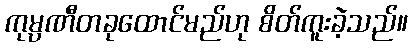
ကုမ္ပဏီတခုထောင်မည်ဟု စိတ်ကူးခဲ့သည်။